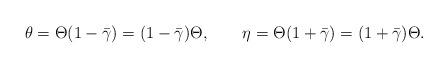
LaTeX: \begin{align*}\theta=\Theta(1-\bar\gamma)=(1-\bar\gamma)\Theta, \qquad\eta=\Theta(1+\bar\gamma)=(1+\bar\gamma)\Theta.\end{align*}